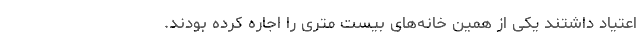
اعتیاد داشتند یکی از همین خانه‌های بیست متری را اجاره کرده‌ بودند.